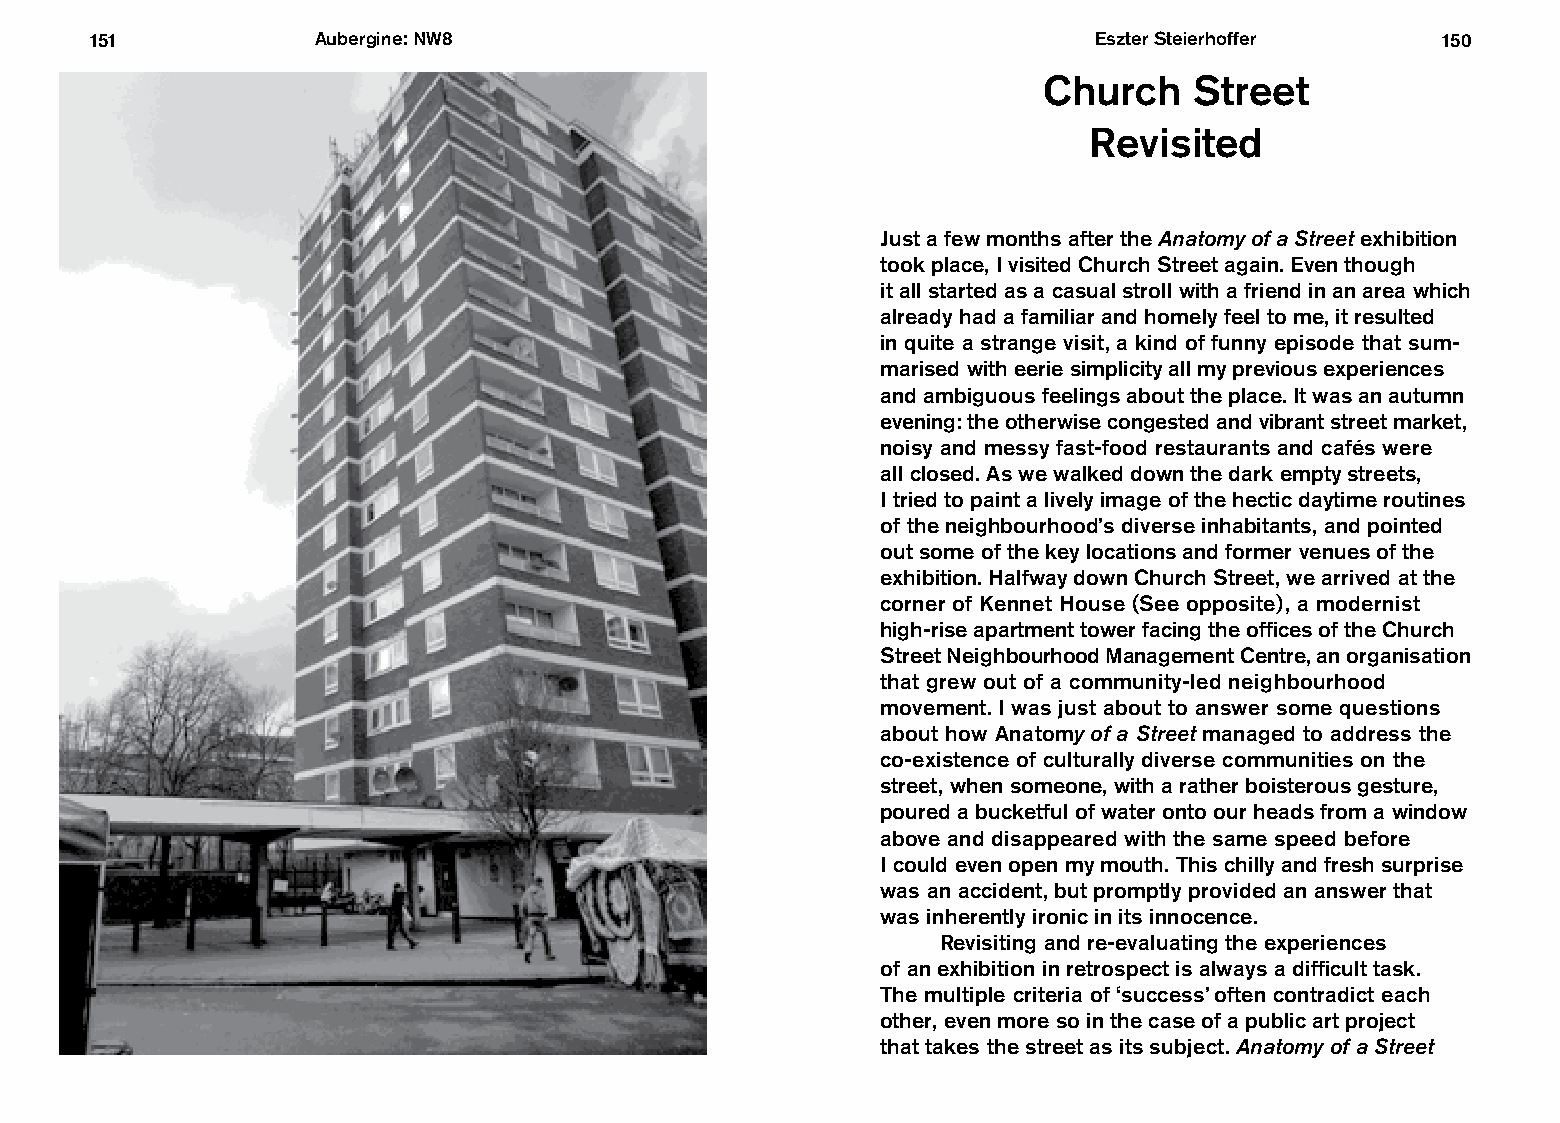
151            Aubergine: NW8                                     Eszter Steierhoffer    150
 Church    Street
 Revisited
 Just a few months after the Anatomy of a Street exhibition
 took place, I visited Church Street again. Even though
 it all started as a casual stroll with a friend in an area which
 already had a familiar and homely feel to me, it resulted
 in quite a strange visit, a kind of funny episode that sum-
 ma rised with eerie simplicity all my previous experiences
 and ambiguous feelings about the place. It was an autumn
 evening: the otherwise congested and vibrant street market,
 noisy and messy fast-food restaurants and cafés were
 all closed. As we walked down the dark empty streets,
 I tried to paint a lively image of the hectic daytime routines
 of the neighbourhood’s diverse inhabitants, and pointed
 out some of the key locations and former venues of the
 exhibition. Halfway down Church Street, we arrived at the
 corner of Kennet House (See opposite), a modernist
 high-rise apartment tower facing the offices of the Church
 Street Neighbourhood Management Centre, an organisation
 that grew out of a community-led neighbourhood
 movement. I was just about to answer some questions
 about how Anatomy of a Street managed to address the
 co-existence of culturally diverse communities on the
 street, when someone, with a rather boisterous gesture,
 poured a bucketful of water onto our heads from a window
 above and disappeared with the same speed before
 I could even open my mouth. This chilly and fresh surprise
 was an accident, but promptly provided an answer that
 was inherently ironic in its innocence.
 Revisiting and re-evaluating the experiences
 of an exhibition in retrospect is always a difficult task.
 The multiple criteria of ‘success’ often contradict each
 other, even more so in the case of a public art project
 that takes the street as its subject. Anatomy of a Street